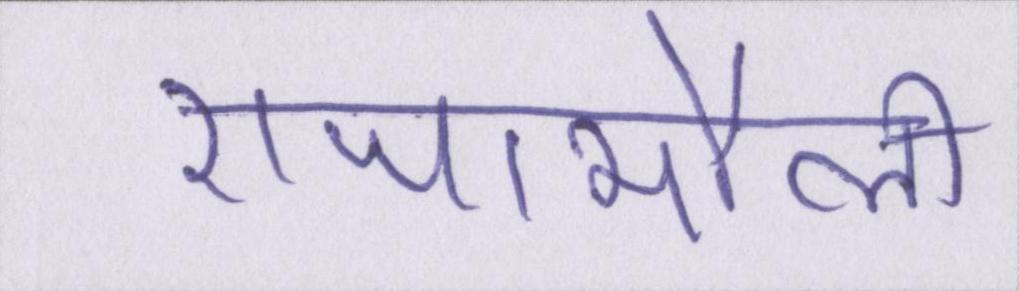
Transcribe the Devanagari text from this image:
राजामौली